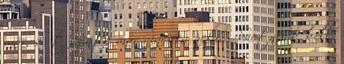
már, sőt szinte már nincsen neki. - Sietnünk kell.